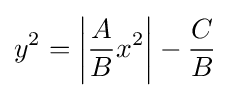
y^{2}=\left|{\frac {A}{B}}x^{2}\right|-{\frac {C}{B}}